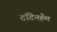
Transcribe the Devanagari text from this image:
टॉटेनहैम